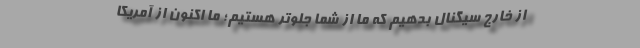
از خارج سیگنال بدهیم که ما از شما جلوتر هستیم؛ ما اکنون از آمریکا